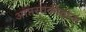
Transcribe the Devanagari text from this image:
आप्तस्वकीयांना